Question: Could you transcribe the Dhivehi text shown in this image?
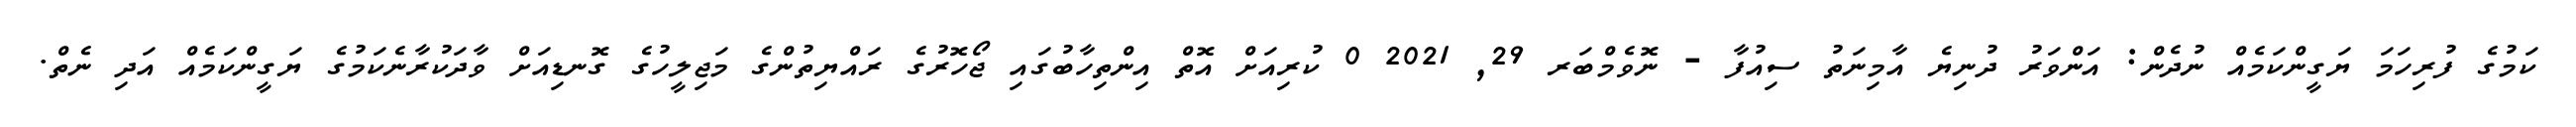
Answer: ކަމުގެ ފުރިހަމަ ޔަގީންކަމެއް ނުދެން: އަންވަރު ދުނިޔެ އާމިނަތު ސިއުފާ - ނޮވެމްބަރ 29, 2021 0 ކުރިއަށް އޮތް އިންތިހާބުގައި ޖޯހޮރުގެ ރައްޔިތުންގެ މަޖިލީހުގެ ގޮނޑިއަށް ވާދަކުރާނެކަމުގެ ޔަގީންކަމެއް އަދި ނެތް.